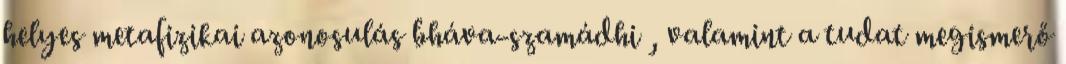
helyes metafizikai azonosulás bháva-szamádhi , valamint a tudat megismerő